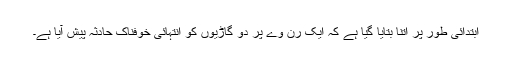
ابتدائی طور پر اتنا بتایا گیا ہے کہ ایک رن وے پر دو گاڑیوں کو انتہائی خوفناک حادثہ پیش آیا ہے۔